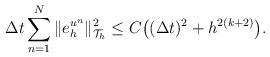
LaTeX: \begin{align*}\Delta t \sum_{n=1}^N \|e_h^{u^n}\|_{\mathcal{T}_h}^2 \leq C\big((\Delta t)^2+h^{2(k+2)}\big).\end{align*}